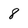
Character: 8